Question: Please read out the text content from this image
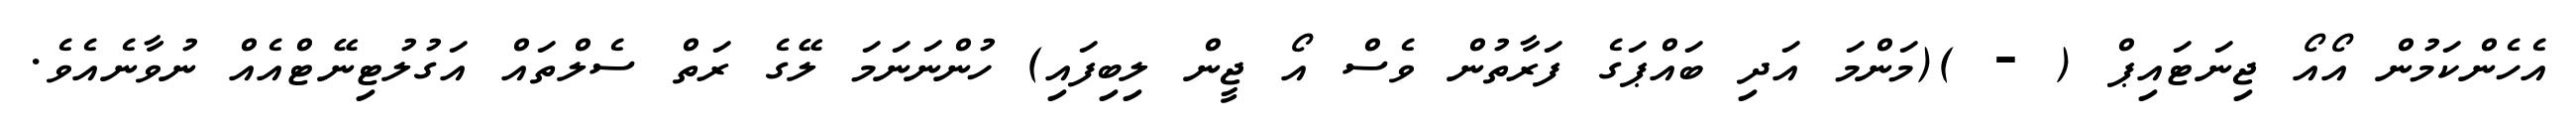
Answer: އެހެންކަމުން އޯއޯ ޖިނަޓައިޕް ( - )(މަންމަ އަދި ބައްޕަގެ ފަރާތުން ވެސް އޯ ޖީން ލިބިފައި) ހުންނަނަމަ ލޭގެ ރަތް ސެލްތައް އަގުލުޓިނޭޓްއެއް ނުވާނެއެވެ.